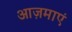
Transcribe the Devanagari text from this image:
आज़माएं